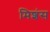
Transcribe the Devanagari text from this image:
मिशंस